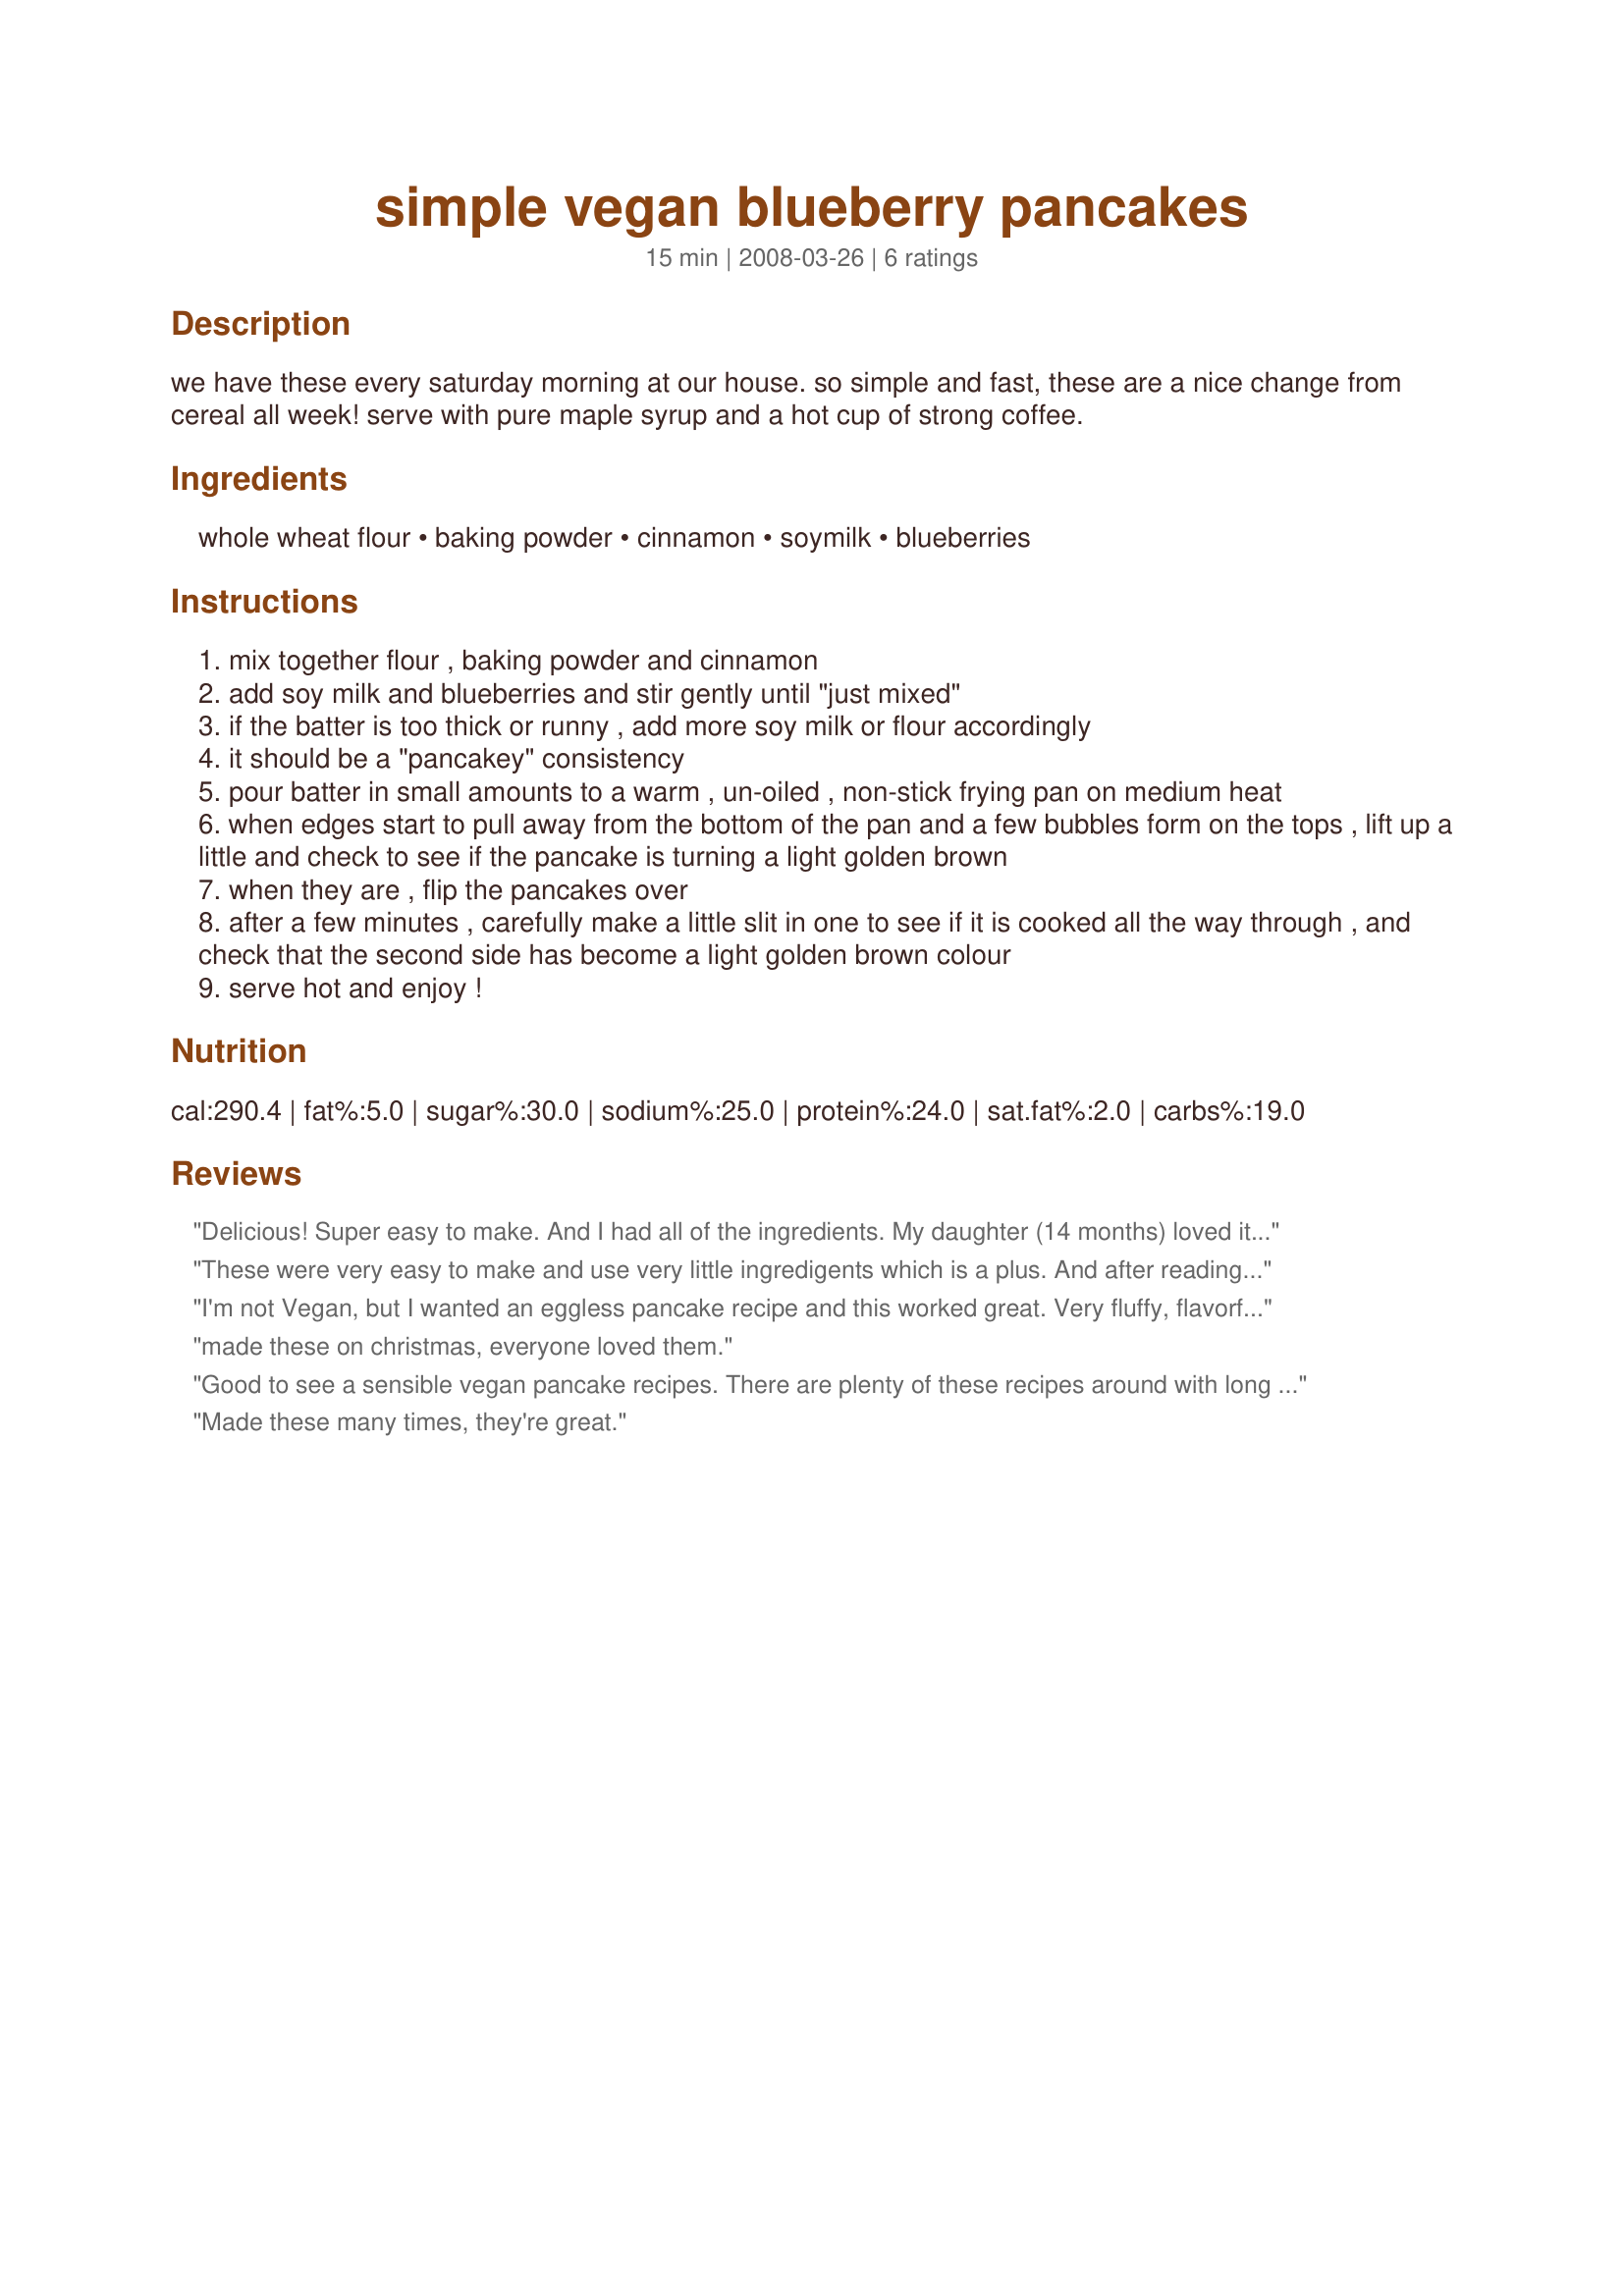
simple vegan blueberry pancakes
Preparation time: 15 minutes

we have these every saturday morning at our house. so simple and fast, these are a nice change from cereal all week! serve with pure maple syrup and a hot cup of strong coffee.

Ingredients:
whole wheat flour, baking powder, cinnamon, soymilk, blueberries

Steps:
mix together flour , baking powder and cinnamon
add soy milk and blueberries and stir gently until "just mixed"
if the batter is too thick or runny , add more soy milk or flour accordingly
it should be a "pancakey" consistency
pour batter in small amounts to a warm , un-oiled , non-stick frying pan on medium heat
when edges start to pull away from the bottom of the pan and a few bubbles form on the tops , lift up a little and check to see if the pancake is turning a light golden brown
when they are , flip the pancakes over
after a few minutes , carefully make a little slit in one to see if it is cooked all the way through , and check that the second side has become a light golden brown colour
serve hot and enjoy !

Reviews:
Delicious! Super easy to make. And I had all of the ingredients. My daughter (14 months) loved it and so did I. The blueberries added natural sweetness and I topped the pancakes with a little agave. Yum! Thank you for sharing.
These were very easy to make and use very little ingredigents which is a plus. And after reading all the great reviews I was excited to give them a try. However, I was not pleased with the taste. They have a funny aftertaste which I believe is from the baking powder. I would recommend maybe using a ts less of baking powder. Maybe that will help with the strange taste.
I'm not Vegan, but I wanted an eggless pancake recipe and this worked great. Very fluffy, flavorful and really easy to make. Thanks!
made these on christmas, everyone loved them.
Good to see a sensible vegan pancake recipes. There are plenty of these recipes around with long lists of completely unnecessary ingredients. The best way to make vegan/ eggless pancakes is simply to use no eggs but add enough liquid to obtain a suitable consistency, and a bit of baking powder. You can make almost any kind of pancake this way.
Made these many times, they're great.
